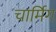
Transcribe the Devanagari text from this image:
चार्मिग